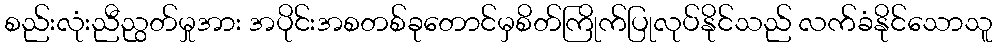
စည်းလုံးညီညွတ်မှုအား အပိုင်းအစတစ်ခုတောင်မှစိတ်ကြိုက်ပြုလုပ်နိုင်သည် လက်ခံနိုင်သောသူ